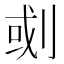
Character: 𠜻